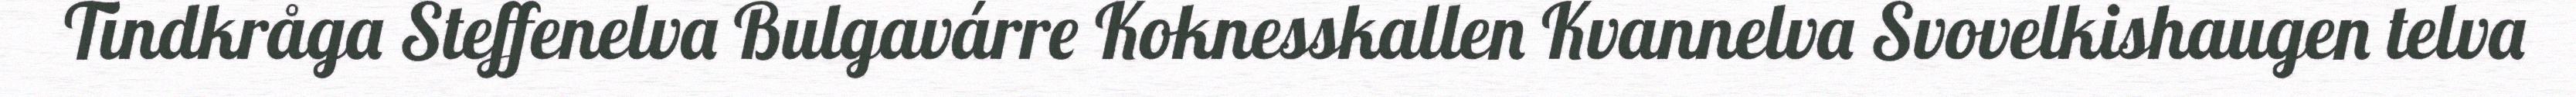
Tindkråga Steffenelva Bulgavárre Koknesskallen Kvannelva Svovelkishaugen telva